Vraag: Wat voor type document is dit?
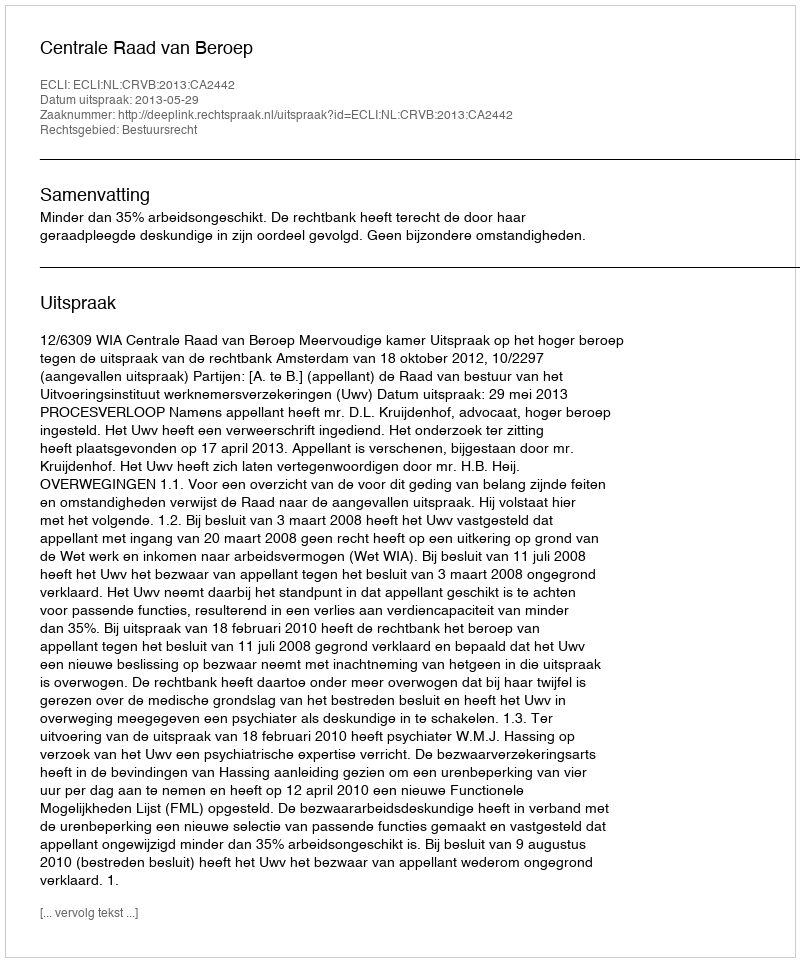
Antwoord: Uitspraak